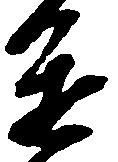
進